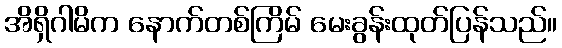
အိရှိဂါမိက နောက်တစ်ကြိမ် မေးခွန်းထုတ်ပြန်သည်။